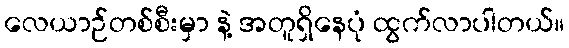
လေယာဉ်တစ်စီးမှာ နဲ့ အတူရှိနေပုံ ထွက်လာပါတယ်။